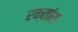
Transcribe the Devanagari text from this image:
रक्‍तांश